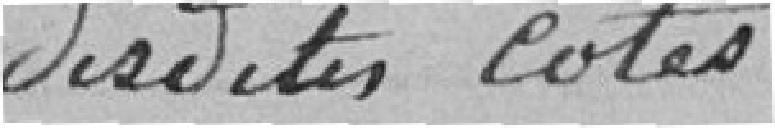
desdites côtes.